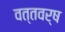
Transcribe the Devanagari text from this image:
वत्तवर्ष